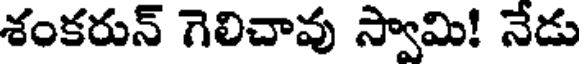
శంకరున్ గెలిచావు స్వామి! నేడు